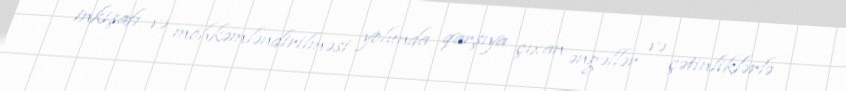
inkişafı və möhkəmləndirilməsi yolunda qarşıya çıxan əngəllər və çətinliklərlə